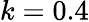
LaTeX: k=0.4